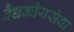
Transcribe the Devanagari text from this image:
वैद्यकीयसेवा